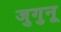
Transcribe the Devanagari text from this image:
जुगुनू